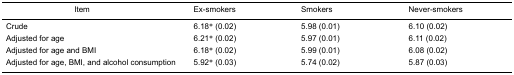
<table><thead><tr><td><b>Item</b></td><td><b>Ex-smokers</b></td><td><b>Smokers</b></td><td><b>Never-smokers</b></td></tr></thead><tbody><tr><td>Crude</td><td>6.18* (0.02)</td><td>5.98 (0.01)</td><td>6.10 (0.02)</td></tr><tr><td>Adjusted for age</td><td>6.21* (0.02)</td><td>5.97 (0.01)</td><td>6.11 (0.02)</td></tr><tr><td>Adjusted for age and BMI</td><td>6.18* (0.02)</td><td>5.99 (0.01)</td><td>6.08 (0.02)</td></tr><tr><td>Adjusted for age, BMI, and alcohol consumption</td><td>5.92* (0.03)</td><td>5.74 (0.02)</td><td>5.87 (0.03)</td></tr></tbody></table>